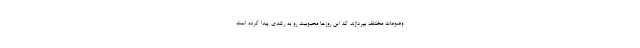
وضوعات مختلف بپردازند که این روزها محبوبیت رو به رشدی پیدا کرده است